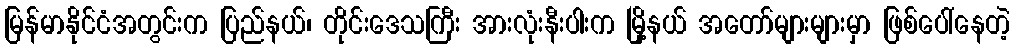
မြန်မာနိုင်ငံအတွင်းက ပြည်နယ်၊ တိုင်းဒေသကြီး အားလုံးနီးပါးက မြို့နယ် အတော်များများမှာ ဖြစ်ပေါ်နေတဲ့